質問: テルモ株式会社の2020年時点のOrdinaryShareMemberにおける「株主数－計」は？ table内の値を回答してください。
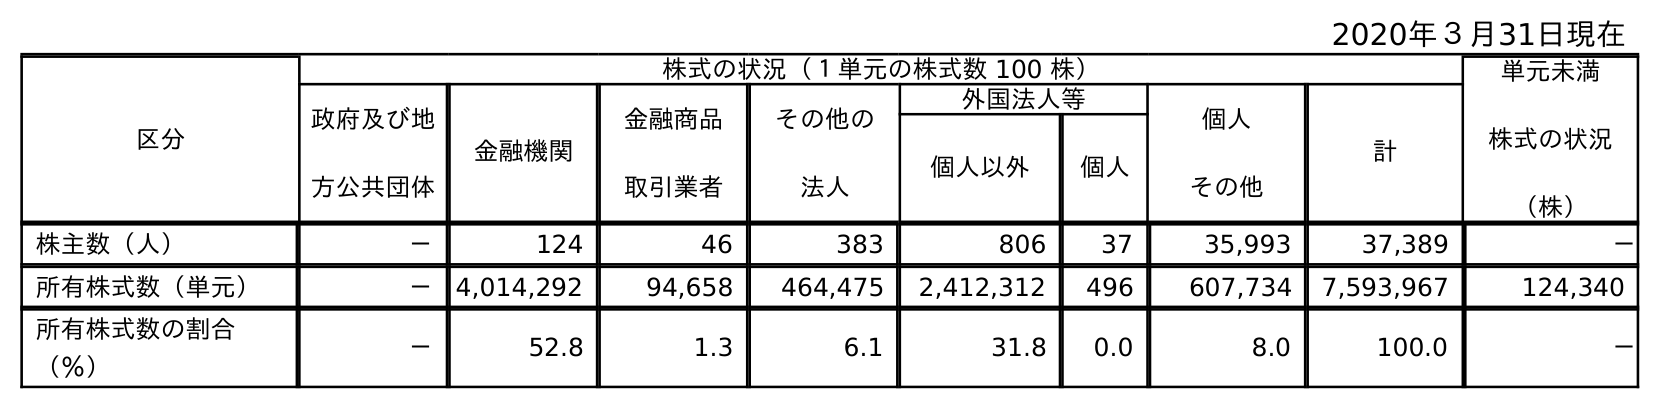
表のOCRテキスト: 2020年３月31日現在 区分 株式の状況（１単元の株式数 100 株） 単元未満 株式の状況 （株） 政府及び地 方公共団体 金融機関 金融商品 取引業者 その他の 法人 外国法人等 個人 その他 計 個人以外 個人 株主数（人） － 124 46 383 806 37 35,993 37,389 － 所有株式数（単元） － 4,014,292 94,658 464,475 2,412,312 496 607,734 7,593,967 124,340 所有株式数の割合 （％） － 52.8 1.3 6.1 31.8 0.0 8.0 100.0 －
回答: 37,389